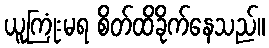
ယူကြုံးမရ စိတ်ထိခိုက်နေသည်။